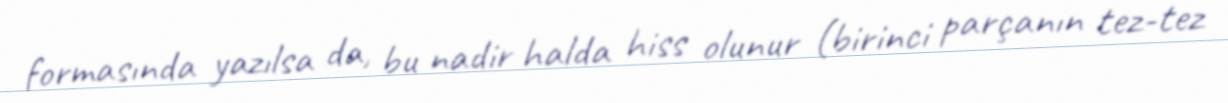
formasında yazılsa da, bu nadir halda hiss olunur (birinci parçanın tez-tez